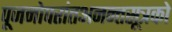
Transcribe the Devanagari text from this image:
पूजनोपरांतअनन्तसूत्रको